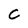
Character: c